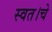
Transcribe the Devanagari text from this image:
स्वत।चे